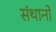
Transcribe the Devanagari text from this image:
संथानों